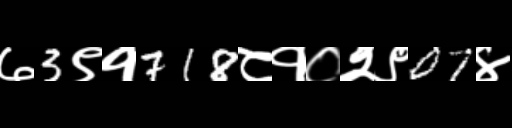
Text: ७3९१718८१०२९07४